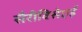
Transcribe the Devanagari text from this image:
सैरीविसेएई